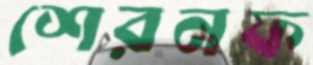
শেরনফ